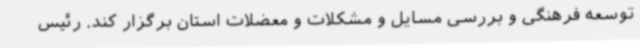
توسعه فرهنگی و بررسی مسایل و مشکلات و معضلات استان برگزار کند. رئیس